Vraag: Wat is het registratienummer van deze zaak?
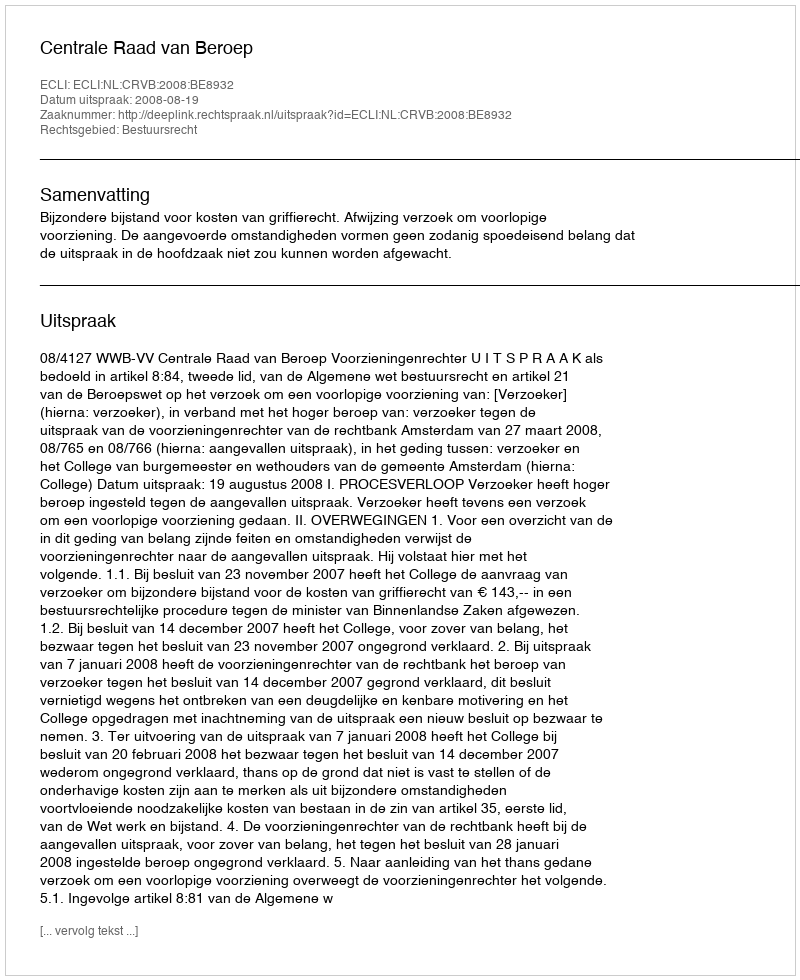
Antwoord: http://deeplink.rechtspraak.nl/uitspraak?id=ECLI:NL:CRVB:2008:BE8932